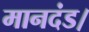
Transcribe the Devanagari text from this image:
मानदंड।